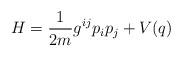
LaTeX: \begin{align*}H = \frac{1}{2m} g^{ij} p_ip_j+ V(q) \end{align*}